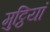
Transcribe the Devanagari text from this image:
मुट्ठियां